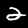
Label: 2